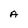
Character: A